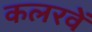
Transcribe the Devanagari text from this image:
कलरवें